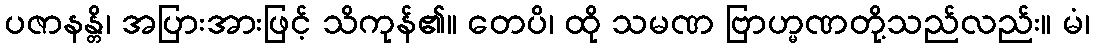
ပဇာနန္တိ၊ အပြားအားဖြင့် သိကုန်၏။ တေပိ၊ ထို သမဏ ဗြာဟ္မဏတို့သည်လည်း။ မံ၊